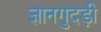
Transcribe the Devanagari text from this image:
ज्ञानगुदड़ी